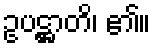
ဥပဋ္ဌာတိ၊ ၏။